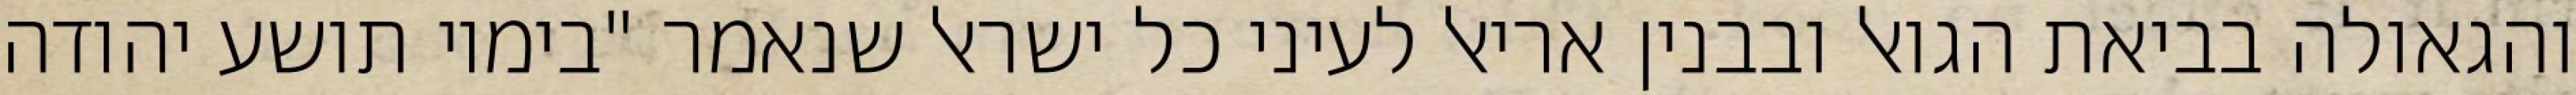
והגאולה בביאת הגואל ובבנין אריאל לעיני כל ישראל שנאמר "בימיו תושע יהודה